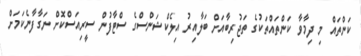
ކަންތައް މި ދިމާވާ ކަންތައްތަކުގެ ތަޖުރިބާއަށް ބަލާއިރު އިލެކްޝަންސްގެ ސްޓާފުން ސީރިއަސްކޮށް ނަގާފާނެކަމަށް